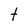
Character: t